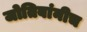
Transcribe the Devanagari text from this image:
जोतिबांनीच